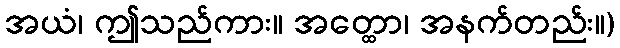
အယံ၊ ဤသည်ကား။ အတ္ထော၊ အနက်တည်း။)